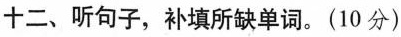
十二、听句子,补填所缺单词.(10 分)